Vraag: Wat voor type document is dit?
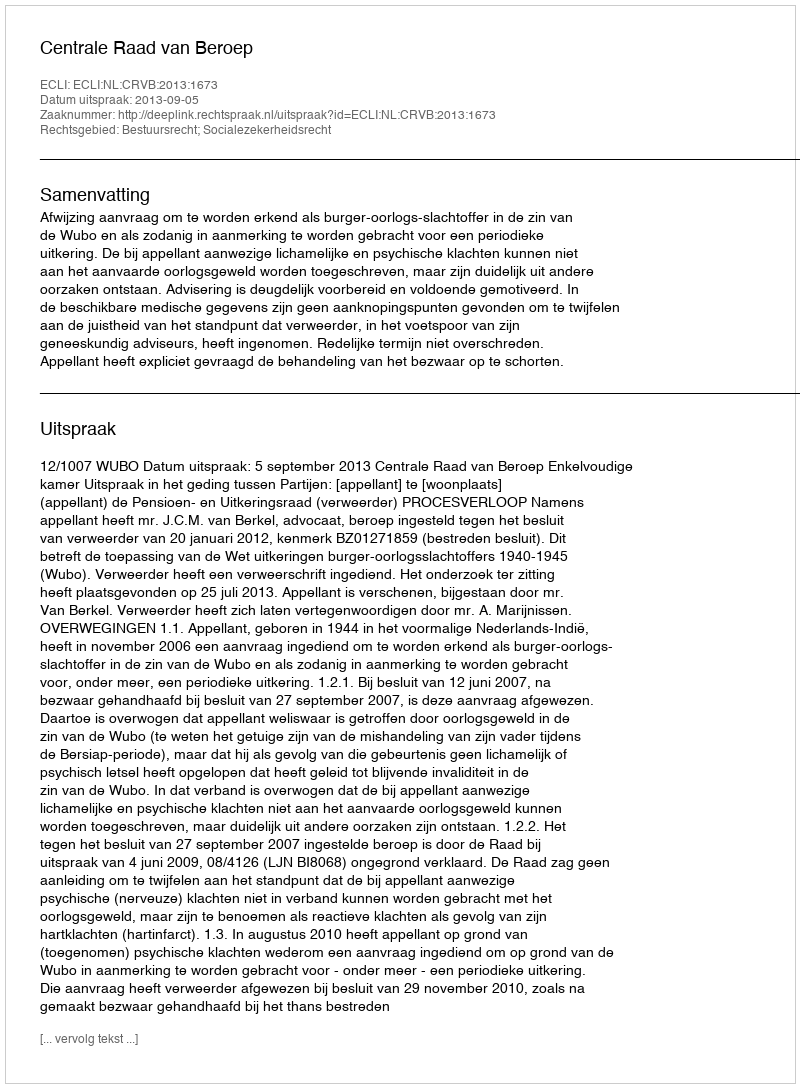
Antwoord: Uitspraak